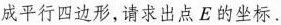
成平行四边形，请求出点E的坐标.